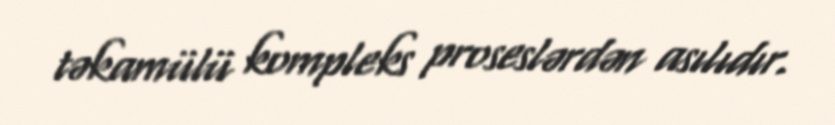
təkamülü kompleks proseslərdən asılıdır.